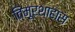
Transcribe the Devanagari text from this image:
तिमूरशाहास